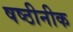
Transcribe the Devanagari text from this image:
षष्ठीनीक